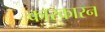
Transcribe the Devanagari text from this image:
कारकारन